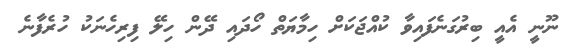
ނޫނީ އެއީ ބިރުގަނެފައިވާ ކުއްޖަކަށް ހިމާޔަތް ހޯދައި ދޭން ހިލޭ ފިރިހެނަކު ހުރެފާނެ